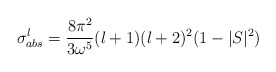
\begin{align*}\sigma^l_{abs}=\frac{8\pi^2}{3{\omega}^5}(l+1)(l+2)^2(1-|S|^2)\end{align*}